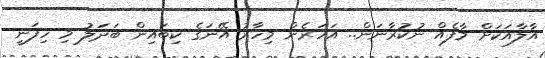
އާލާއަކަށް މާފެއް ނުކުރާނަން.. އަހަރެން މިހާރު އޭނަގެ ކިބައިން ބަދަލު މި ހިފަނީ